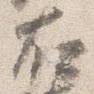
右